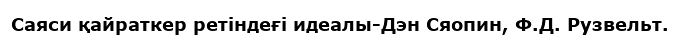
Саяси қайраткер ретіндеғі идеалы-Дэн Сяопин, Ф.Д. Рузвельт.